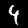
Label: 4